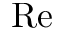
\mathrm { R e }